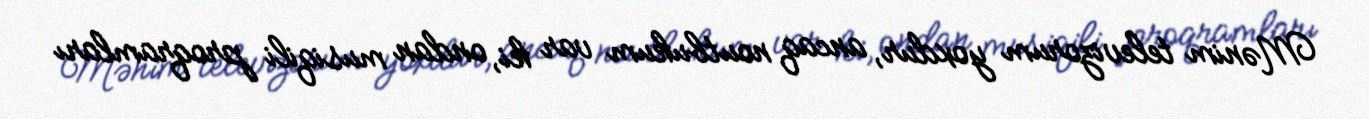
Mənim televizorum yoxdur, ancaq noutbukum var ki, ondan musiqili proqramları